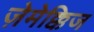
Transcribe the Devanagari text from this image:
ज़ेमेक्किज